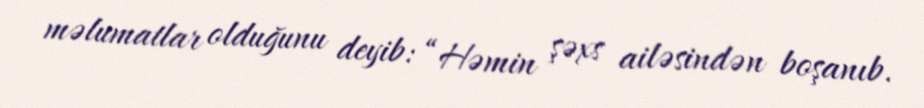
məlumatlar olduğunu deyib: “Həmin şəxs ailəsindən boşanıb.